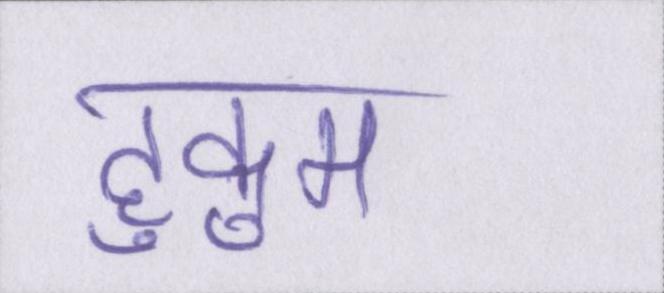
हुकुम